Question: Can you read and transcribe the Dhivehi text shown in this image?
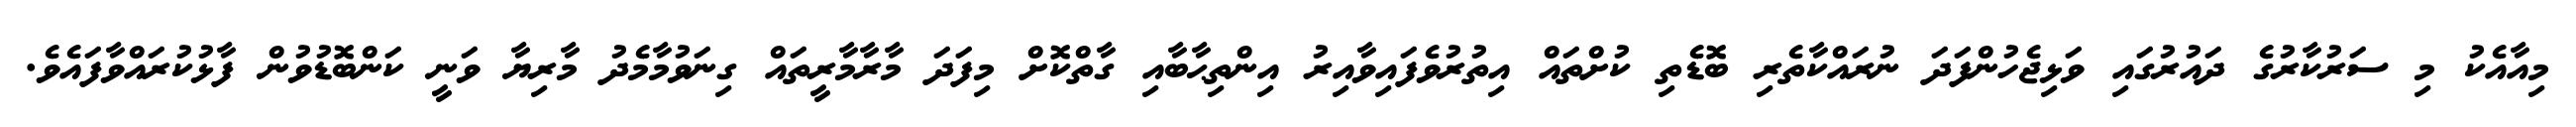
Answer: މިއާއެކު މި ސަރުކާރުގެ ދައުރުގައި ވަޅިޖެހުންފަދަ ނުރައްކާތެރި ބޮޑެތި ކުށްތައް އިތުރުވެފައިވާއިރު އިންތިޙާބާއި ގާތްކޮށް މިފަދަ މާރާމާރީތައް ގިނަވުމާމެދު މާރިޔާ ވަނީ ކަންބޮޑުވުން ފާޅުކުރައްވާފައެވެ.